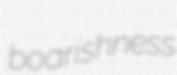
boarishness